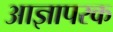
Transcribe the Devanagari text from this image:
आज्ञापरक